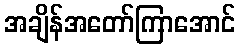
အချိန်အတော်ကြာအောင်